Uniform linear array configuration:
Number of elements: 32
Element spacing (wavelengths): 0.5
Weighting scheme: hann
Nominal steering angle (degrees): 45
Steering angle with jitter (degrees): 46.37
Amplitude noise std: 0.05
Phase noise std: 0.05

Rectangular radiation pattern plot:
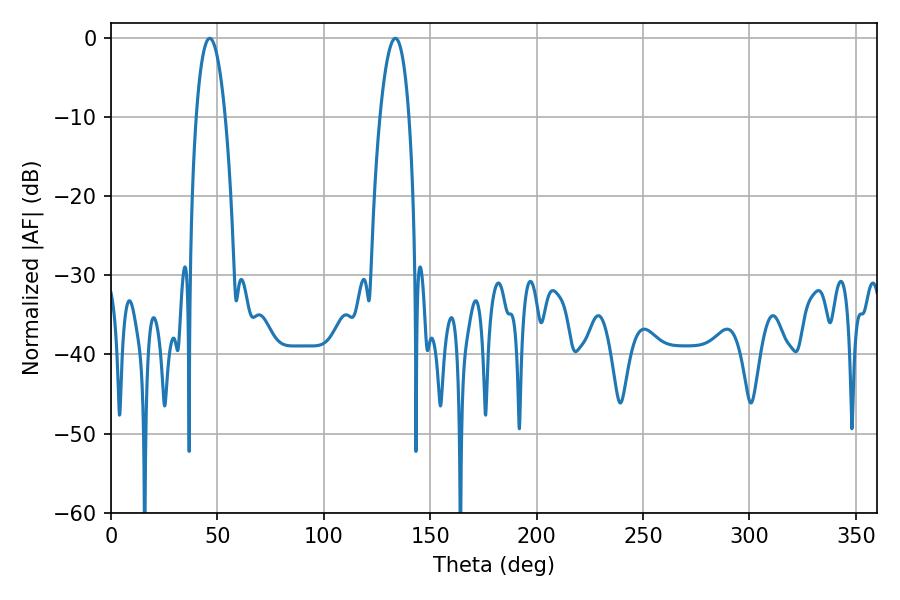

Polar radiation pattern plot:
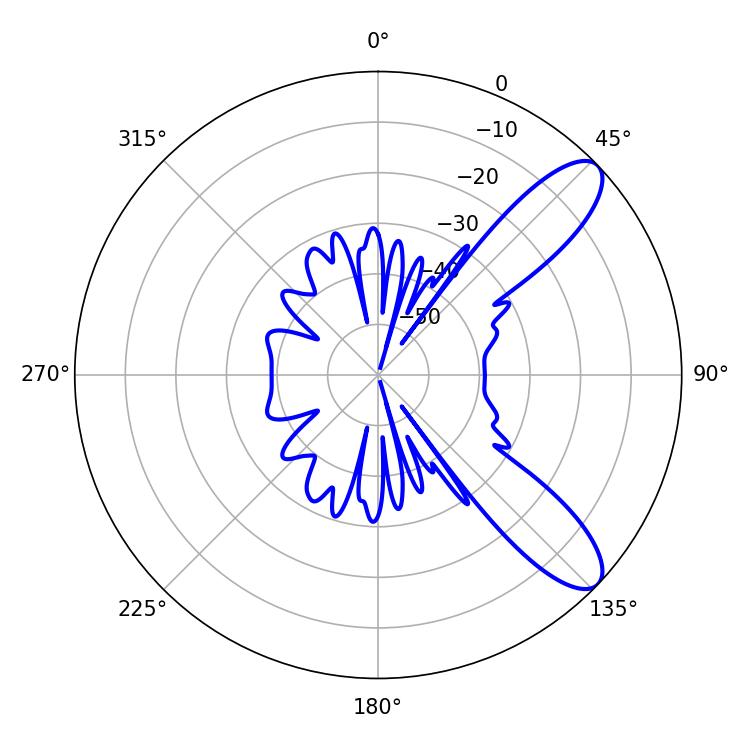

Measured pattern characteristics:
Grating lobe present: FALSE
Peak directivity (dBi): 9.879
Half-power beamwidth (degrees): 7.74
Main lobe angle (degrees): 46.44